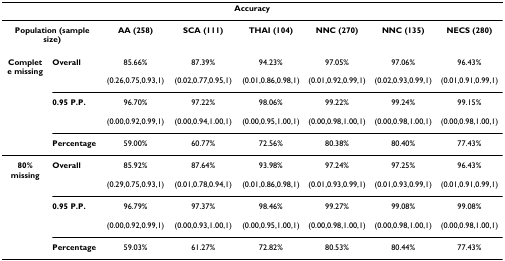
<table><thead><tr><td colspan="8"><b>Accuracy</b></td></tr></thead><tbody><tr><td colspan="2"><b>Population (sample size)</b></td><td><b>AA (258)</b></td><td><b>SCA (111)</b></td><td><b>THAI (104)</b></td><td><b>NNC (270)</b></td><td><b>NNC (135)</b></td><td><b>NECS (280)</b></td></tr><tr><td><b>Complete missing</b></td><td><b>Overall</b></td><td>85.66%(0.26,0.75,0.93,1)</td><td>87.39%(0.02,0.77,0.95,1)</td><td>94.23%(0.01,0.86,0.98,1)</td><td>97.05%(0.01,0.92,0.99,1)</td><td>97.06%(0.02,0.93,0.99,1)</td><td>96.43%(0.01,0.91,0.99,1)</td></tr><tr><td></td><td><b>0.95 P.P.</b></td><td>96.70%(0.00,0.92,0.99,1)</td><td>97.22%(0.00,0.94,1.00,1)</td><td>98.06%(0.00,0.95,1.00,1)</td><td>99.22%(0.00,0.98,1.00,1)</td><td>99.24%(0.00,0.98,1.00,1)</td><td>99.15%(0.00,0.98,1.00,1)</td></tr><tr><td></td><td><b>Percentage</b></td><td>59.00%</td><td>60.77%</td><td>72.56%</td><td>80.38%</td><td>80.40%</td><td>77.43%</td></tr><tr><td><b>80% missing</b></td><td><b>Overall</b></td><td>85.92%(0.29,0.75,0.93,1)</td><td>87.64%(0.01,0.78,0.94,1)</td><td>93.98%(0.01,0.86,0.98,1)</td><td>97.24%(0.01,0.93,0.99,1)</td><td>97.25%(0.01,0.93,0.99,1)</td><td>96.43%(0.01,0.91,0.99,1)</td></tr><tr><td></td><td><b>0.95 P.P.</b></td><td>96.79%(0.00,0.92,0.99,1)</td><td>97.37%(0.00,0.93,1.00,1)</td><td>98.46%(0.00,0.95,1.00,1)</td><td>99.27%(0.00,0.98,1.00,1)</td><td>99.08%(0.00,0.98,1.00,1)</td><td>99.08%(0.00,0.98,1.00,1)</td></tr><tr><td></td><td><b>Percentage</b></td><td>59.03%</td><td>61.27%</td><td>72.82%</td><td>80.53%</td><td>80.44%</td><td>77.43%</td></tr></tbody></table>